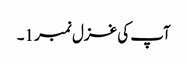
آپ کی غزل نمبر 1۔